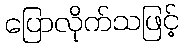
ပြောလိုက်သဖြင့်